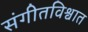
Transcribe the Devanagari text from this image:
संगीतविश्वात